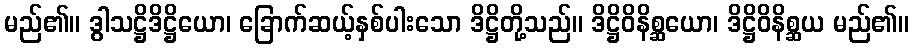
မည်၏။ ဒွါသဋ္ဌိဒိဋ္ဌိယော၊ ခြောက်ဆယ့်နှစ်ပါးသော ဒိဋ္ဌိတို့သည်။ ဒိဋ္ဌိဝိနိစ္ဆယော၊ ဒိဋ္ဌိဝိနိစ္ဆယ မည်၏။